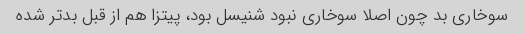
سوخاری بد چون اصلا سوخاری نبود شنیسل بود، پیتزا هم از قبل بدتر شده